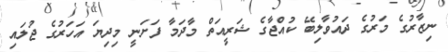
ނިޒާރުގެ މަރުގެ ދައުވާލިބޭ ކުއްޖާގެ ޝަރީއަތް މާދަމާ ފަށަނީ މިދިޔަ އަހަރުގެ ޖުލައި